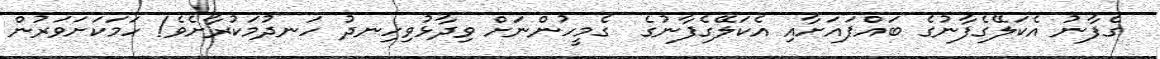
ގެފާނު އެކަލޭގެފާނުގެ ބައްޕައަށާއި އެކަލޭގެފާނުގެ  ގެމީހުންނަށް ވިދާޅުވިހިނދު ހަނދުމަކުރާށެވެ! ހަމަކަށަވަރުން